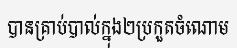
បានគ្រាប់បាល់ក្នុង២ប្រកួតចំណោម